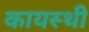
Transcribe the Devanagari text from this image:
कायस्थी